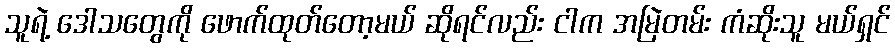
သူရဲ့ ဒေါသတွေကို ဖောက်ထုတ်တော့မယ် ဆိုရင်လည်း ငါက အမြဲတမ်း ကံဆိုးသူ မယ်ရှင်